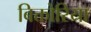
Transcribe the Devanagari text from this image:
बिक्तोरिया